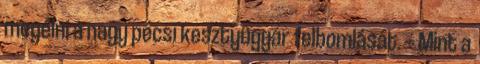
megélni a nagy pécsi kesztyûgyár felbomlását. — Mint a